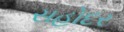
સહોદર